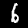
Digit: 6